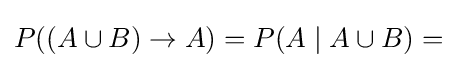
P((A\cup B)\rightarrow A)=P(A\mid A\cup B)=